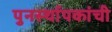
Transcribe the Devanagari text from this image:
पुनर्स्थापकांची